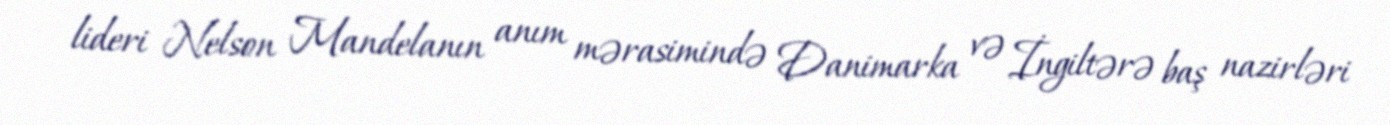
lideri Nelson Mandelanın anım mərasimində Danimarka və İngiltərə baş nazirləri